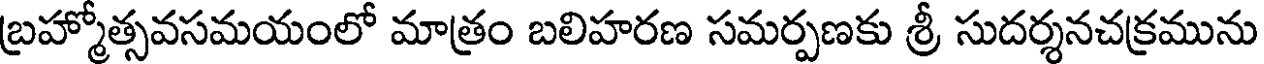
బ్రహ్మోత్సవసమయంలో మాత్రం బలిహరణ సమర్పణకు శ్రీ సుదర్శనచక్రమును